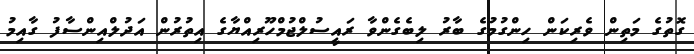
ގޮތުގެ މަތިން ވެރިކަން ހިންގުމުގެ ބާރު ލިބެގެންވާ ރައީސުލްޖުމްހޫރިއްޔާގެ އިތުރުން އަދުލްއިންސާފު ގާއިމު